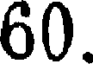
60.